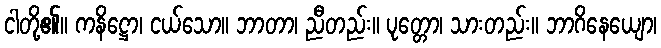
ငါတို့၏။ ကနိဋ္ဌော၊ ငယ်သော။ ဘာတာ၊ ညီတည်း။ ပုတ္တော၊ သားတည်း။ ဘာဂိနေယျော၊